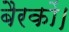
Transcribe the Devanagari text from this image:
बैरकों।